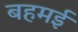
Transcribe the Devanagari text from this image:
बहमई